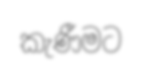
කැණීමට